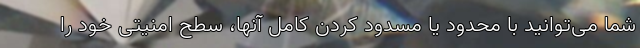
شما می‌توانید با محدود یا مسدود کردن کامل آنها، سطح امنیتی خود را